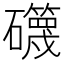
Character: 𥗥